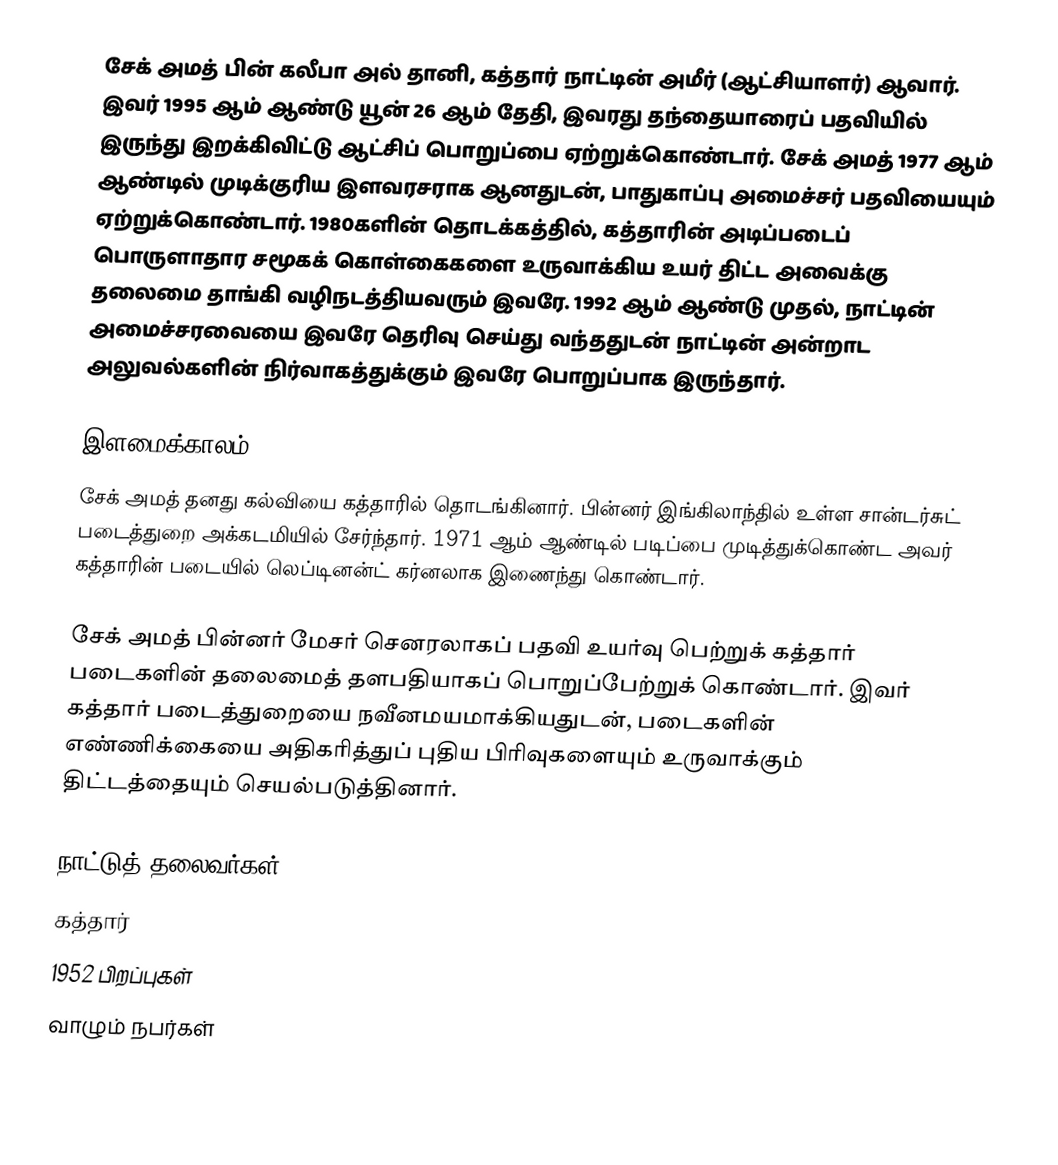
சேக் அமத் பின் கலீபா அல் தானி, கத்தார் நாட்டின் அமீர் (ஆட்சியாளர்) ஆவார். இவர் 1995 ஆம் ஆண்டு யூன் 26 ஆம் தேதி, இவரது தந்தையாரைப் பதவியில் இருந்து இறக்கிவிட்டு ஆட்சிப் பொறுப்பை ஏற்றுக்கொண்டார். சேக் அமத் 1977 ஆம் ஆண்டில் முடிக்குரிய இளவரசராக ஆனதுடன், பாதுகாப்பு அமைச்சர் பதவியையும் ஏற்றுக்கொண்டார். 1980களின் தொடக்கத்தில், கத்தாரின் அடிப்படைப் பொருளாதார சமூகக் கொள்கைகளை உருவாக்கிய உயர் திட்ட அவைக்கு தலைமை தாங்கி வழிநடத்தியவரும் இவரே. 1992 ஆம் ஆண்டு முதல், நாட்டின் அமைச்சரவையை இவரே தெரிவு செய்து வந்ததுடன் நாட்டின் அன்றாட அலுவல்களின் நிர்வாகத்துக்கும் இவரே பொறுப்பாக இருந்தார்.

இளமைக்காலம்
சேக் அமத் தனது கல்வியை கத்தாரில் தொடங்கினார். பின்னர் இங்கிலாந்தில் உள்ள சான்டர்சுட் படைத்துறை அக்கடமியில் சேர்ந்தார். 1971 ஆம் ஆண்டில் படிப்பை முடித்துக்கொண்ட அவர் கத்தாரின் படையில் லெப்டினன்ட் கர்னலாக இணைந்து கொண்டார்.

சேக் அமத் பின்னர் மேசர் செனரலாகப் பதவி உயர்வு பெற்றுக் கத்தார் படைகளின் தலைமைத் தளபதியாகப் பொறுப்பேற்றுக் கொண்டார். இவர் கத்தார் படைத்துறையை நவீனமயமாக்கியதுடன், படைகளின் எண்ணிக்கையை அதிகரித்துப் புதிய பிரிவுகளையும் உருவாக்கும் திட்டத்தையும் செயல்படுத்தினார்.

நாட்டுத் தலைவர்கள்
கத்தார்
1952 பிறப்புகள்
வாழும் நபர்கள்